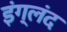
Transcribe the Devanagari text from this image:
इंग्लंद